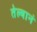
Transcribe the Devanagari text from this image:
तेल्यानं